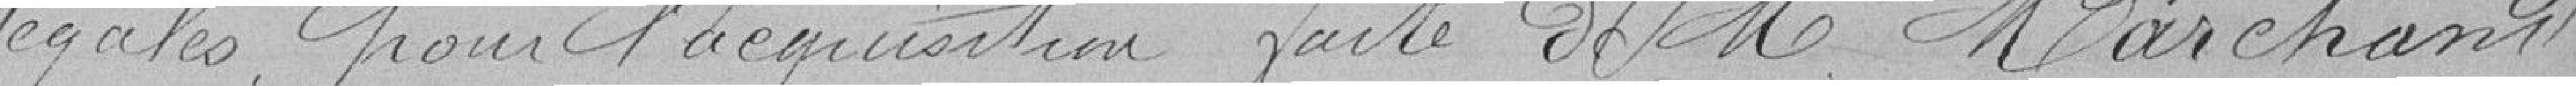
légales pour l'acquisition faite de M Marchand